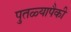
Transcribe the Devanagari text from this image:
पुतळ्यापैकी